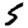
Digit: 5